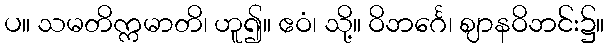
ပ။ သမတိက္ကမာတိ၊ ဟူ၍။ ဧဝံ၊ သို့။ ဝိဘင်္ဂေ၊ ဈာနဝိဘင်း၌။